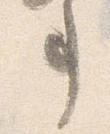
事